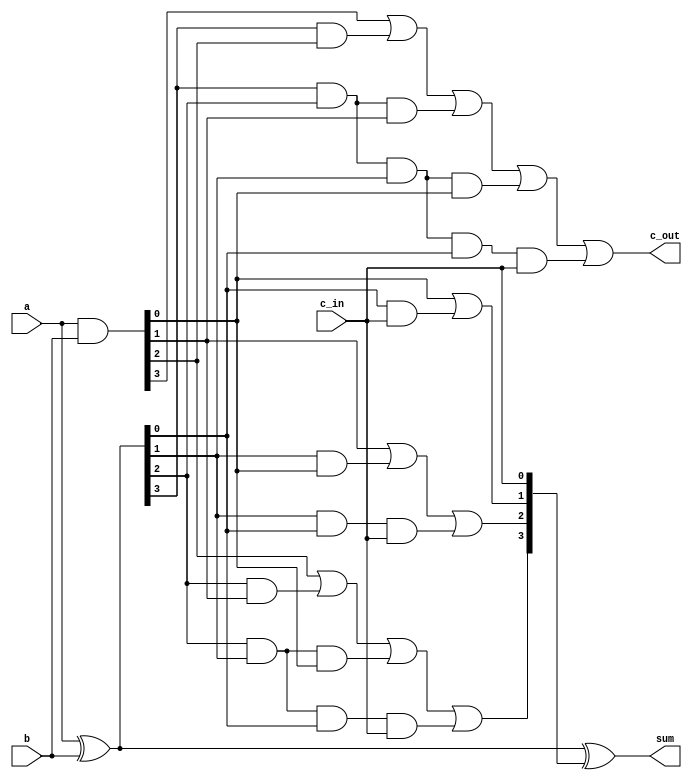
module carry_look_ahead_4bit(a,b,c_in,sum,c_out);
  input [3:0]a,b;
  input c_in;
  output [3:0] sum;
  output c_out;
  wire [3:0] P,G,C;

  assign P = a^b; 
  assign G = a&b;

  //C[i+1] = G[i] + P[i].C[i]

  assign C[0]=c_in;
  assign C[1]= G[0]|(P[0]&C[0]);
  assign C[2]= G[1] | (P[1]&G[0]) | (P[1]&P[0]&C[0]);
  assign C[3]= G[2] | (P[2]&G[1]) | (P[2]&P[1]&G[0]) | (P[2]&P[1]&P[0]&C[0]);
  assign c_out= G[3] | (P[3]&G[2]) | (P[3]&P[2]&G[1]) | (P[3]&P[2]&P[1]&G[0]) | (P[3]&P[2]&P[1]&P[0]&C[0]);
  assign sum=P^C;
endmodule